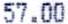
57.00